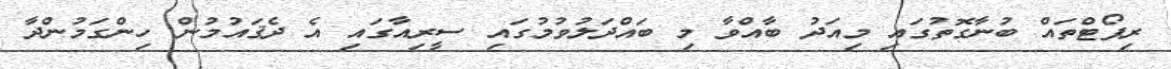
ރިޕޯޓްތައް ބުނާގޮތުގައި މިއަދު ބާއްވާ މި ބައްދަލުވުމުގައި ސީރިއާގައި އެ ދެޤައުމުން ހިންގަމުންދާ